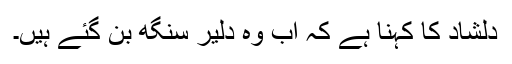
دلشاد کا کہنا ہے کہ اب وہ دلیر سنگھ بن گئے ہیں۔